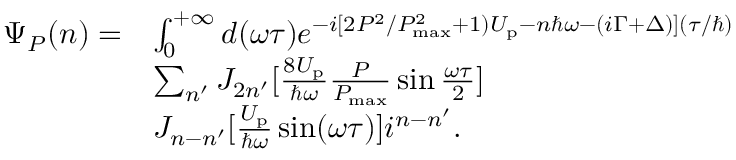
\begin{array} { r l } { \Psi _ { P } ( n ) = } & { \int _ { 0 } ^ { + \infty } d ( \omega \tau ) e ^ { - i [ 2 { P ^ { 2 } } / { P _ { \mathrm { m a x } } ^ { 2 } } + 1 ) U _ { \mathrm { p } } - n { \hbar \omega } - ( i \Gamma + \Delta ) ] ( { \tau } / { \hbar } ) } } \\ & { \sum _ { n ^ { \prime } } J _ { 2 n ^ { \prime } } [ \frac { 8 U _ { \mathrm { p } } } { \hbar \omega } \frac { P } { P _ { \mathrm { m a x } } } \sin \frac { \omega \tau } { 2 } ] } \\ & { J _ { n - n ^ { \prime } } [ \frac { U _ { \mathrm { p } } } { \hbar \omega } \sin ( \omega \tau ) ] i ^ { n - n ^ { \prime } } . } \end{array}